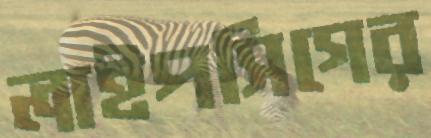
লাইপসিগের